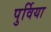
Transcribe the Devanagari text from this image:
पुर्विया